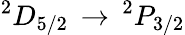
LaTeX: ^{2}D_{5/2}\, \rightarrow\, ^{2}P_{3/2}